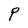
Character: P